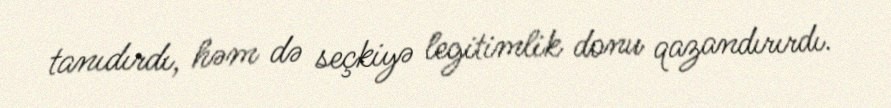
tanıdırdı, həm də seçkiyə legitimlik donu qazandırırdı.